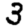
Digit: 3